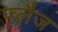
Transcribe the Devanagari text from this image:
फ्लैज